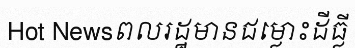
Hot Newsពលរដ្ឋមានជម្លោះដីធ្លី